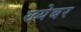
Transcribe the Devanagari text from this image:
ख्येबर